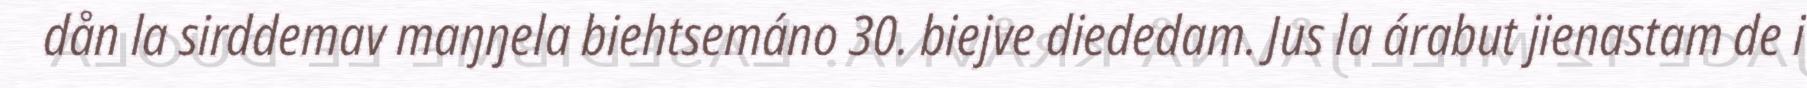
dån la sirddemav maŋŋela biehtsemáno 30. biejve diededam. Jus la árabut jienastam de i